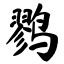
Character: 鹨